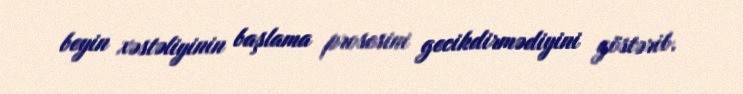
beyin xəstəliyinin başlama prosesini gecikdirmədiyini göstərib.